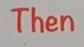
Then